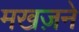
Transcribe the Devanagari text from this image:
मखज़ने